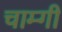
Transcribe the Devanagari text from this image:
चाम्गी